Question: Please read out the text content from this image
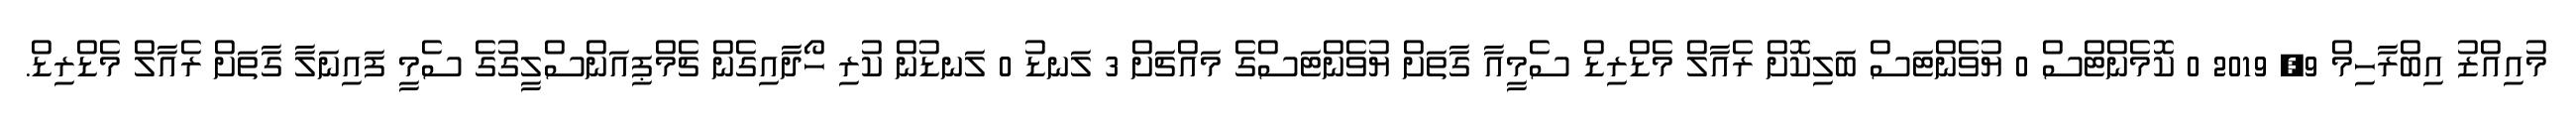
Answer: މުއިއްޒު އިބްރާހިމް 9, 2019 0 ކޮމެންޓްސް 0 ޔުވެންޓަސް ބަލިކޮށް ރެއާލް މެޑްރިޑް ސެމީއާ ގާތަށް ޔުވެންޓަސްގެ މައްޗަށް 3 ލަނޑު 0 ލަނޑުން ކުރި ހޯދާއިގެން ޗެމްޕިއަންސްލީގުގެ ސެމީ ފައިނަލާ ގާތަށް ރެއާލް މެޑްރިޑް.